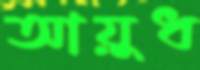
আয়ুধ